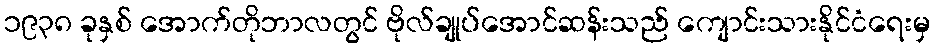
၁၉၃၈ ခုနှစ် အောက်တိုဘာလတွင် ဗိုလ်ချုပ်အောင်ဆန်းသည် ကျောင်းသားနိုင်ငံရေးမှ